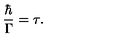
\frac { \hbar } { \Gamma } = \tau .